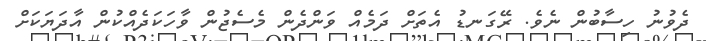
ދެވުނު ހިސާބުން ނެވެ. ރޭގަނޑު އެތަށް ދަމެއް ވަންދެން މެސެޖުން ވާހަކަދެއްކުން އާދަޔަކަށް